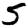
Digit: 5